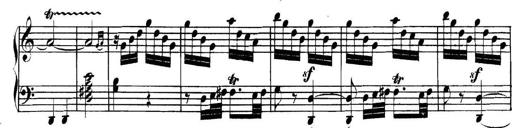
Title: Collected Piano Sonatas
Composer: Muzio Clementi